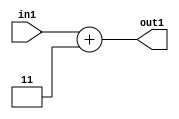
`timescale 1ps / 1ps
/*****************************************************************************
    Verilog RTL Description
    
    
    Created by: Stratus DpOpt 21.05.01 
*******************************************************************************/

module SobelFilter_Add_5U_15_1 (
	in1,
	out1
	); /* architecture "behavioural" */ 
input [4:0] in1;
output [4:0] out1;
wire [4:0] asc001;

assign asc001 = 
	+(in1)
	+(5'B00011);

assign out1 = asc001;
endmodule

/* CADENCE  urn3Sgg= : u9/ySxbfrwZIxEzHVQQV8Q== ** DO NOT EDIT THIS LINE ******/